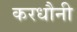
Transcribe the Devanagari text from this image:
करधौनी